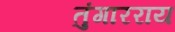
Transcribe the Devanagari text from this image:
तुंगारराय